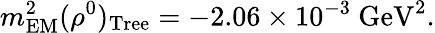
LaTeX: m_{\mathrm{EM}}^{2}(\rho^{0})_{\mathrm{Tree}}=-2.06\times 10^{-3}~\mathrm{GeV^{2}}.